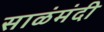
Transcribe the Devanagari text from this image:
साळंमंदी